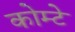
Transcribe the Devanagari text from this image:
कोम्टे